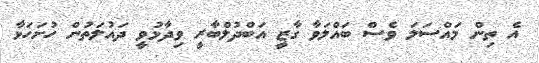
އެ ތިން މައްސަލަ ވެސް ބައްލަވާ ގާޒީ އަބްދުލްބާރީ ވިދާޅުވީ ދައުލަތުން ހުށަހަޅާ